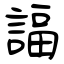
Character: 諨